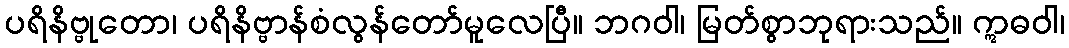
ပရိနိဗ္ဗုတော၊ ပရိနိဗ္ဗာန်စံလွန်တော်မူလေပြီ။ ဘဂဝါ၊ မြတ်စွာဘုရားသည်။ ဣဓဝါ၊